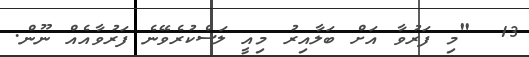
13  "މި ފަރުވާ އަށް ބަލާއިރު މިއީ ލަސްކުރެވޭނެ ފަރުވާއެއް ނޫން.